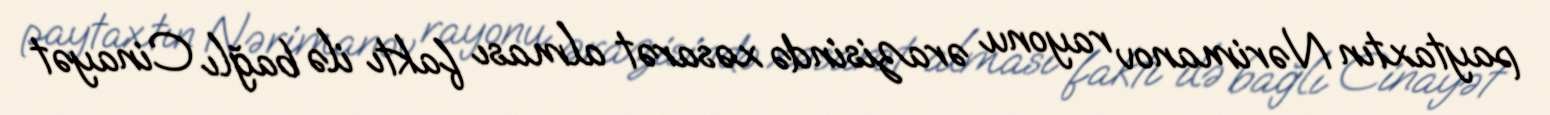
paytaxtın Nərimanov rayonu ərazisində xəsarət alması faktı ilə bağlı Cinayət